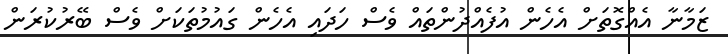
ޒަމާނާ އެއްގޮތަށް އެހެން އުފެއްދުންތައް ވެސް ހަދައި އެހެން ގައުމުތަކަށް ވެސް ބޭރުކުރަން